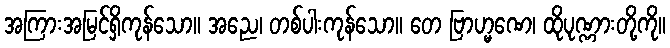
အကြားအမြင်ရှိကုန်သော။ အညေ၊ တစ်ပါးကုန်သော။ တေ ဗြာဟ္မဏေ၊ ထိုပုဏ္ဏားတို့ကို။